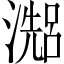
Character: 𤀗